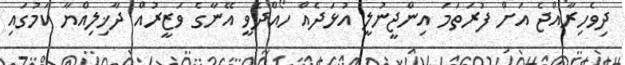
ދިވެހިރާއްޖެ އަށް ފުރަތަމަ އިންޖީނުލީ އުޅަދެއް ހޯއްދެވީ އޭނާގެ ވަޒީރުއް ދާޚިލިއްޔާ ކަމުގައި